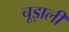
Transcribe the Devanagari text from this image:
चूड़ाली